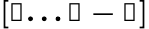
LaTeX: \mathbb{[l...j-1]}